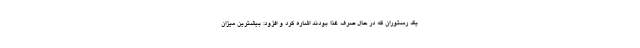
یک رستوران که در حال صرف غذا بودند اشاره کرد و افزود: بیشترین میزان